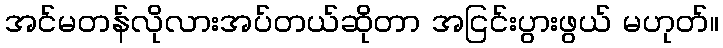
အင်မတန်လိုလားအပ်တယ်ဆိုတာ အငြင်းပွားဖွယ် မဟုတ်။